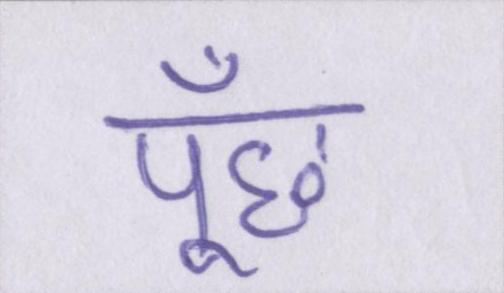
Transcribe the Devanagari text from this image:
पूँछ